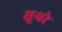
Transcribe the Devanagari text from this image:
सूथरे